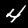
Digit: 4